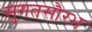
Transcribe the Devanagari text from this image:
सुगतसौरभ